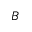
B